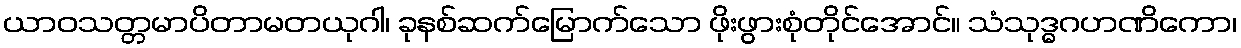
ယာဝသတ္တမာပိတာမတယုဂါ၊ ခုနစ်ဆက်မြောက်သော ဖိုးဖွားစုံတိုင်အောင်။ သံသုဒ္ဓဂဟဏိကော၊